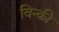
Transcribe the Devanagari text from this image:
विन्की